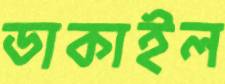
ডাকাইল